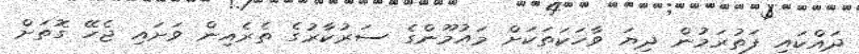
ދައްކައި ފަތުރަމުން ދިޔަ ވާހަކަތަކަށް މައުމޫންގެ ސަރުކާރުގެ ތެރެއިން ވަށައި ޖެހޭ ގޮތަށް